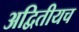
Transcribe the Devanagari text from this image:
अद्वितीयच